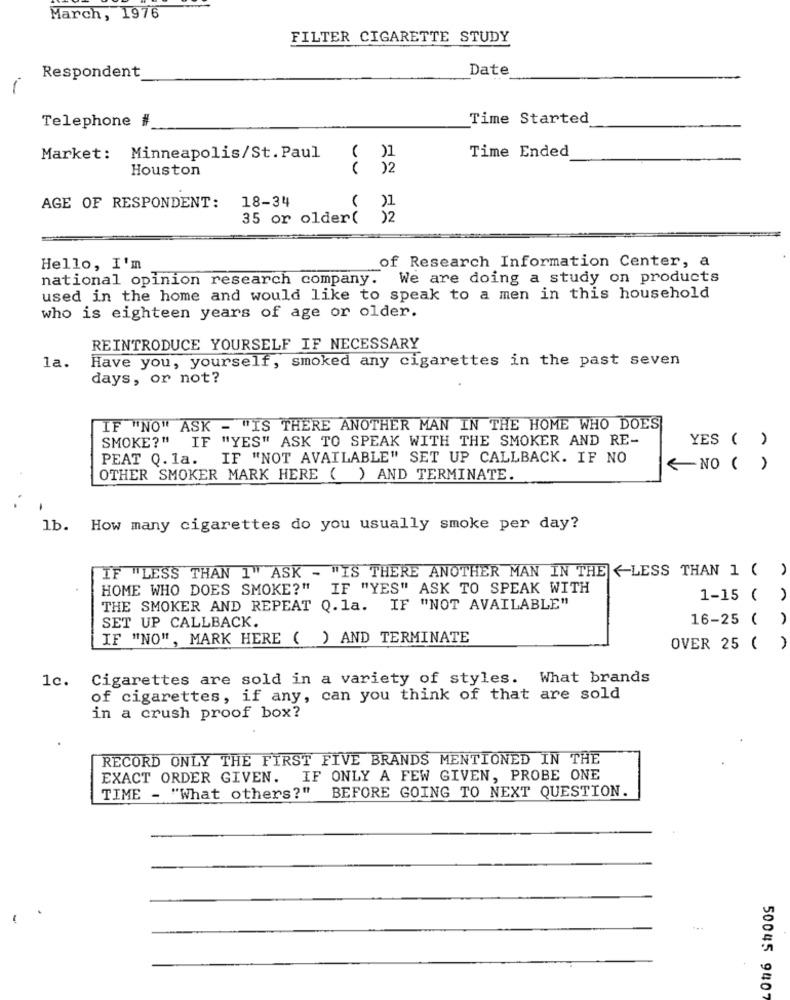
March, 1976
FILTER CIGARETTE STUDY
Date
Respondent
-
Time Started
Telephone #
( )1
Time Ended
Market: Minneapolis/St. Paul
Houston
( )2
( )1
AGE OF RESPONDENT:
18-34
35 or older(
12
of Research Information Center, a
Hello, I'm
national opinion research company. We are doing a study on products
used in the home and would like to speak to a men in this household
who is eighteen years of age or older.
REINTRODUCE YOURSELF IF NECESSARY
Have you, yourself, smoked any cigarettes in the past seven
la.
days, or not?
IF "NO" ASK - "IS THERE ANOTHER MAN IN THE HOME WHO DOES]
SMOKE?" IF "YES" ASK TO SPEAK WITH THE SMOKER AND RE-
YES ( )
PEAT Q. 1a. IF "NOT AVAILABLE" SET UP CALLBACK. IF NO
<NO ( )
OTHER SMOKER MARK HERE ( ) AND TERMINATE.
lb. How many cigarettes do you usually smoke per day?
IF "LESS THAN 1" ASK - "IS THERE ANOTHER MAN IN THE] < LESS THAN 1 ( )
HOME WHO DOES SMOKE?" IF "YES" ASK TO SPEAK WITH
1-15 ( )
THE SMOKER AND REPEAT Q.la. IF "NOT AVAILABLE"
16-25 ( )
SET UP CALLBACK.
IF "NO" , MARK HERE ( ) AND TERMINATE
OVER 25 ( )
1c. Cigarettes are sold in a variety of styles. What brands
of cigarettes, if any, can you think of that are sold
in a crush proof box?
RECORD ONLY THE FIRST FIVE BRANDS MENTIONED IN THE
EXACT ORDER GIVEN. IF ONLY A FEW GIVEN, PROBE ONE
BEFORE GOING TO NEXT QUESTION.
TIME - "What others?"
50045 9407